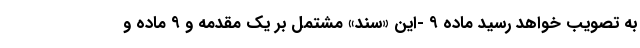
به تصویب خواهد رسید ماده ۹ -این «سند» مشتمل بر یک مقدمه و ۹ ماده و